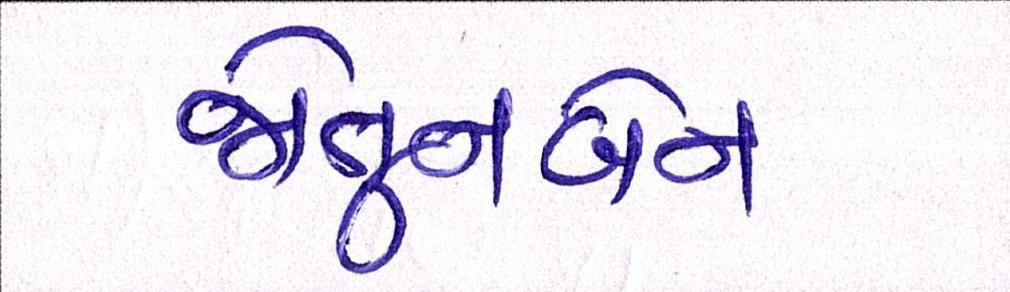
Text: જેતુનબેન